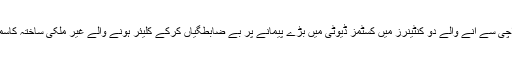
کسٹمز انٹیلی جنس کو خفیہ اطلاع موصول ہوئی تھی کہ کراچی سے آنے والے دو کنٹینرز میں کسٹمز ڈیوٹی میں بڑے پیمانے پر بے ضابطگیاں کرکے کلیئر ہونے والے غیر ملکی ساختہ کاسمیٹیکس اور کپڑے کی بھاری کھیپ لاہور لائی جا رہی ہے۔